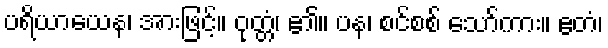
ပရိယာယေန၊ အားဖြင့်။ ဝုတ္တံ၊ ၏။ ပန၊ စင်စစ် သော်ကား။ ဧတံ၊